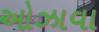
ઓઝાવા